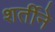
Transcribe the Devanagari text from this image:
शर्तीने